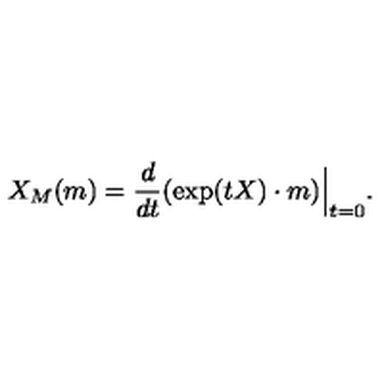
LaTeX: X _ { M } ( m ) = { \frac { d } { d t } } ( \exp ( t X ) \cdot m ) \Big | _ { t = 0 } .